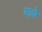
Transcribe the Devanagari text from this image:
बाधे